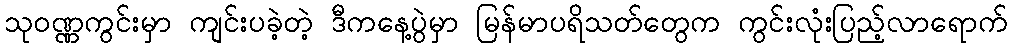
သုဝဏ္ဏကွင်းမှာ ကျင်းပခဲ့တဲ့ ဒီကနေ့ပွဲမှာ မြန်မာပရိသတ်တွေက ကွင်းလုံးပြည့်လာရောက်